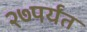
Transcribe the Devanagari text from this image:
२७पर्यंत